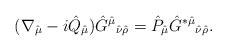
\begin{align*}(\nabla_{\hat{\mu}} - i\hat{Q}_{\hat{\mu}}) \hat{G}^{\hat{\mu}}{}_{\hat{\nu}\hat{\rho}} = \hat{P}_{\hat{\mu}} \hat{G}^{*\hat{\mu}}{}_{\hat{\nu}\hat{\rho}}.\end{align*}